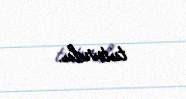
tuturdu.